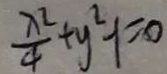
\frac { x ^ { 2 } } { 4 } + y ^ { 2 } - 1 = 0